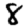
Digit: 8